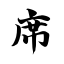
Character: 席